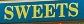
sweets